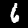
Label: 6